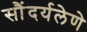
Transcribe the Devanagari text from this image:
सौंदर्यलेणे